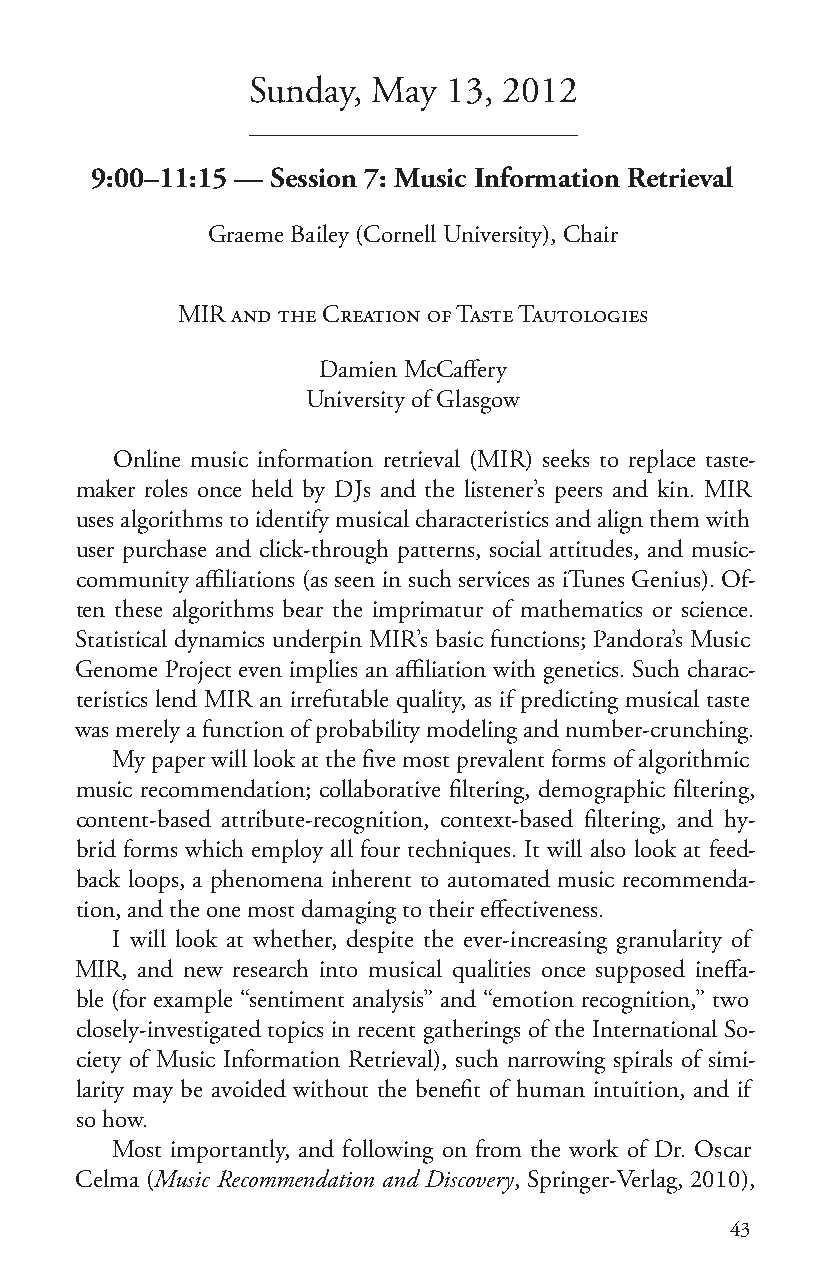
Sunday,  May 13, 2012
 9:00–11:15 — Session 7: Music Information Retrieval
 Graeme Bailey (Cornell University), Chair
 MIR and the Creation of Taste Tautologies
 Damien McCaffery
 University of Glasgow
 Online music information retrieval (MIR) seeks to replace taste-
 maker roles once held by DJs and the listener’s peers and kin. MIR
 uses algorithms to identify musical characteristics and align them with
 user purchase and click-through patterns, social attitudes, and music-
 community affiliations (as seen in such services as iTunes Genius). Of-
 ten these algorithms bear the imprimatur of mathematics or science.
 Statistical dynamics underpin MIR’s basic functions; Pandora’s Music
 Genome Project even implies an affiliation with genetics. Such charac-
 teristics lend MIR an irrefutable quality, as if predicting musical taste
 was merely a function of probability modeling and number-crunching.
 My paper will look at the five most prevalent forms of algorithmic
 music recommendation; collaborative filtering, demographic filtering,
 content-based attribute-recognition, context-based filtering, and hy-
 brid forms which employ all four techniques. It will also look at feed-
 back loops, a phenomena inherent to automated music recommenda-
 tion, and the one most damaging to their effectiveness.
 I will look at whether, despite the ever-increasing granularity of
 MIR, and new research into musical qualities once supposed ineffa-
 ble (for example “sentiment analysis” and “emotion recognition,” two
 closely-investigated topics in recent gatherings of the International So-
 ciety of Music Information Retrieval), such narrowing spirals of simi-
 larity may be avoided without the benefit of human intuition, and if
 so how.
 Most importantly, and following on from the work of Dr. Oscar
 Celma (Music Recommendation and Discovery, Springer-Verlag, 2010),
 43